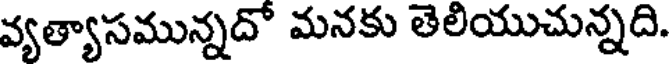
వ్యత్యాసమున్నదో మనకు తెలియుచున్నది.